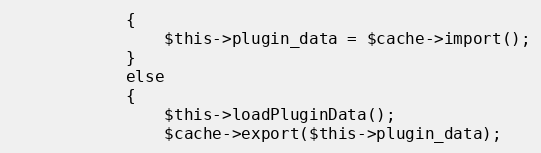
Language: PHP
			{
				$this->plugin_data = $cache->import();
			}
			else
			{
				$this->loadPluginData();
				$cache->export($this->plugin_data);